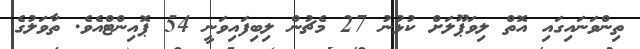
ތިންވަނައިގައި އޮތް ލިވަޕޫލަށް ކުޅުނު 27 މެޗުން ލިބިފައިވަނީ 54 ޕޮއިންޓްއެވެ. ތާވަލުގެ